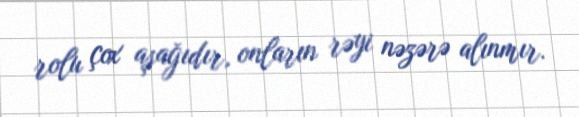
rolu çox aşağıdır, onların rəyi nəzərə alınmır.